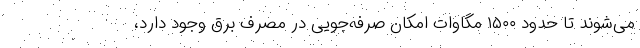
می‌شوند تا حدود ۱۵۰۰ مگاوات امکان صرفه‌جویی در مصرف برق وجود دارد،